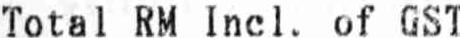
TOTAL RM INCL. OF GST